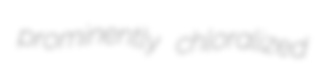
prominently chloralized